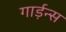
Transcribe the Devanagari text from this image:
गार्ड़न्स